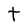
Character: t